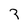
Character: 3